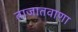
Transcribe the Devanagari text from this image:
ताजातवाणा